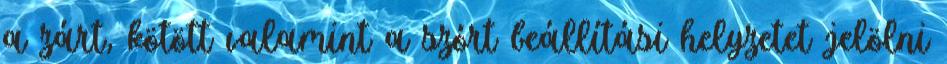
a zárt, kötött valamint a szórt beállítási helyzetet jelölni